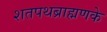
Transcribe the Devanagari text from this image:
शतपथब्राह्मणके